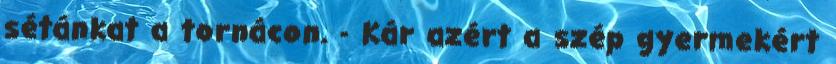
sétánkat a tornácon. - Kár azért a szép gyermekért